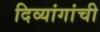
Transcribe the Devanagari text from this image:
दिव्यांगांची